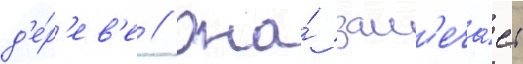
д'е́р'ев'е // Она́ зам'еча́ет